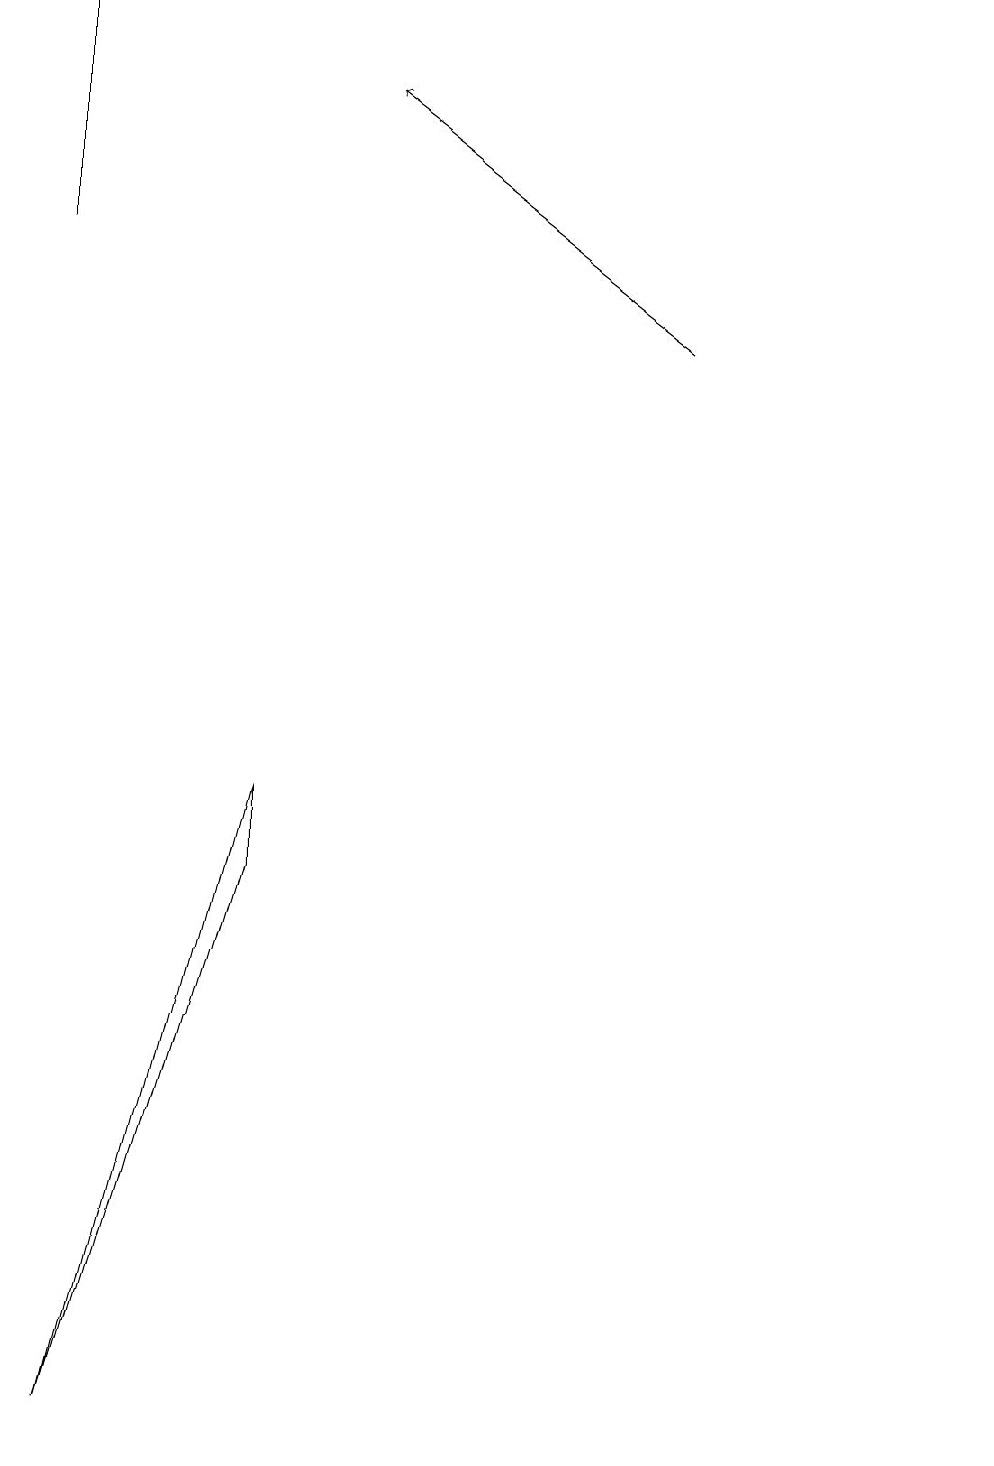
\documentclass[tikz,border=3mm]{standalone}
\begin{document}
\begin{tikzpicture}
\draw (3,8) -- (1,0) -- (3,7) -- cycle;
\draw (0,15) rectangle (0,18);
\draw (12,10) circle (0);
\draw[->] (8,14) -- (4,17);
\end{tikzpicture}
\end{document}